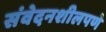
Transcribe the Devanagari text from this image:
संवेदनशीलपणे